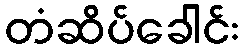
တံဆိပ်ခေါင်း